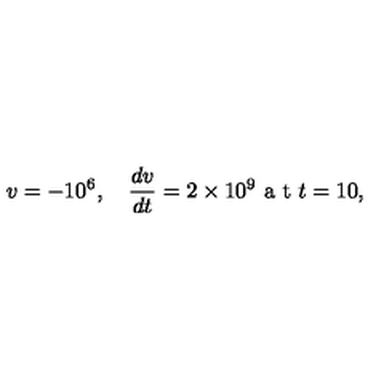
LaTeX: v = - 1 0 ^ { 6 } , \quad \frac { d v } { d t } = 2 \times 1 0 ^ { 9 } \textrm { a t } t = 1 0 ,